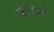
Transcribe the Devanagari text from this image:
केगेम्ने